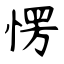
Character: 愣